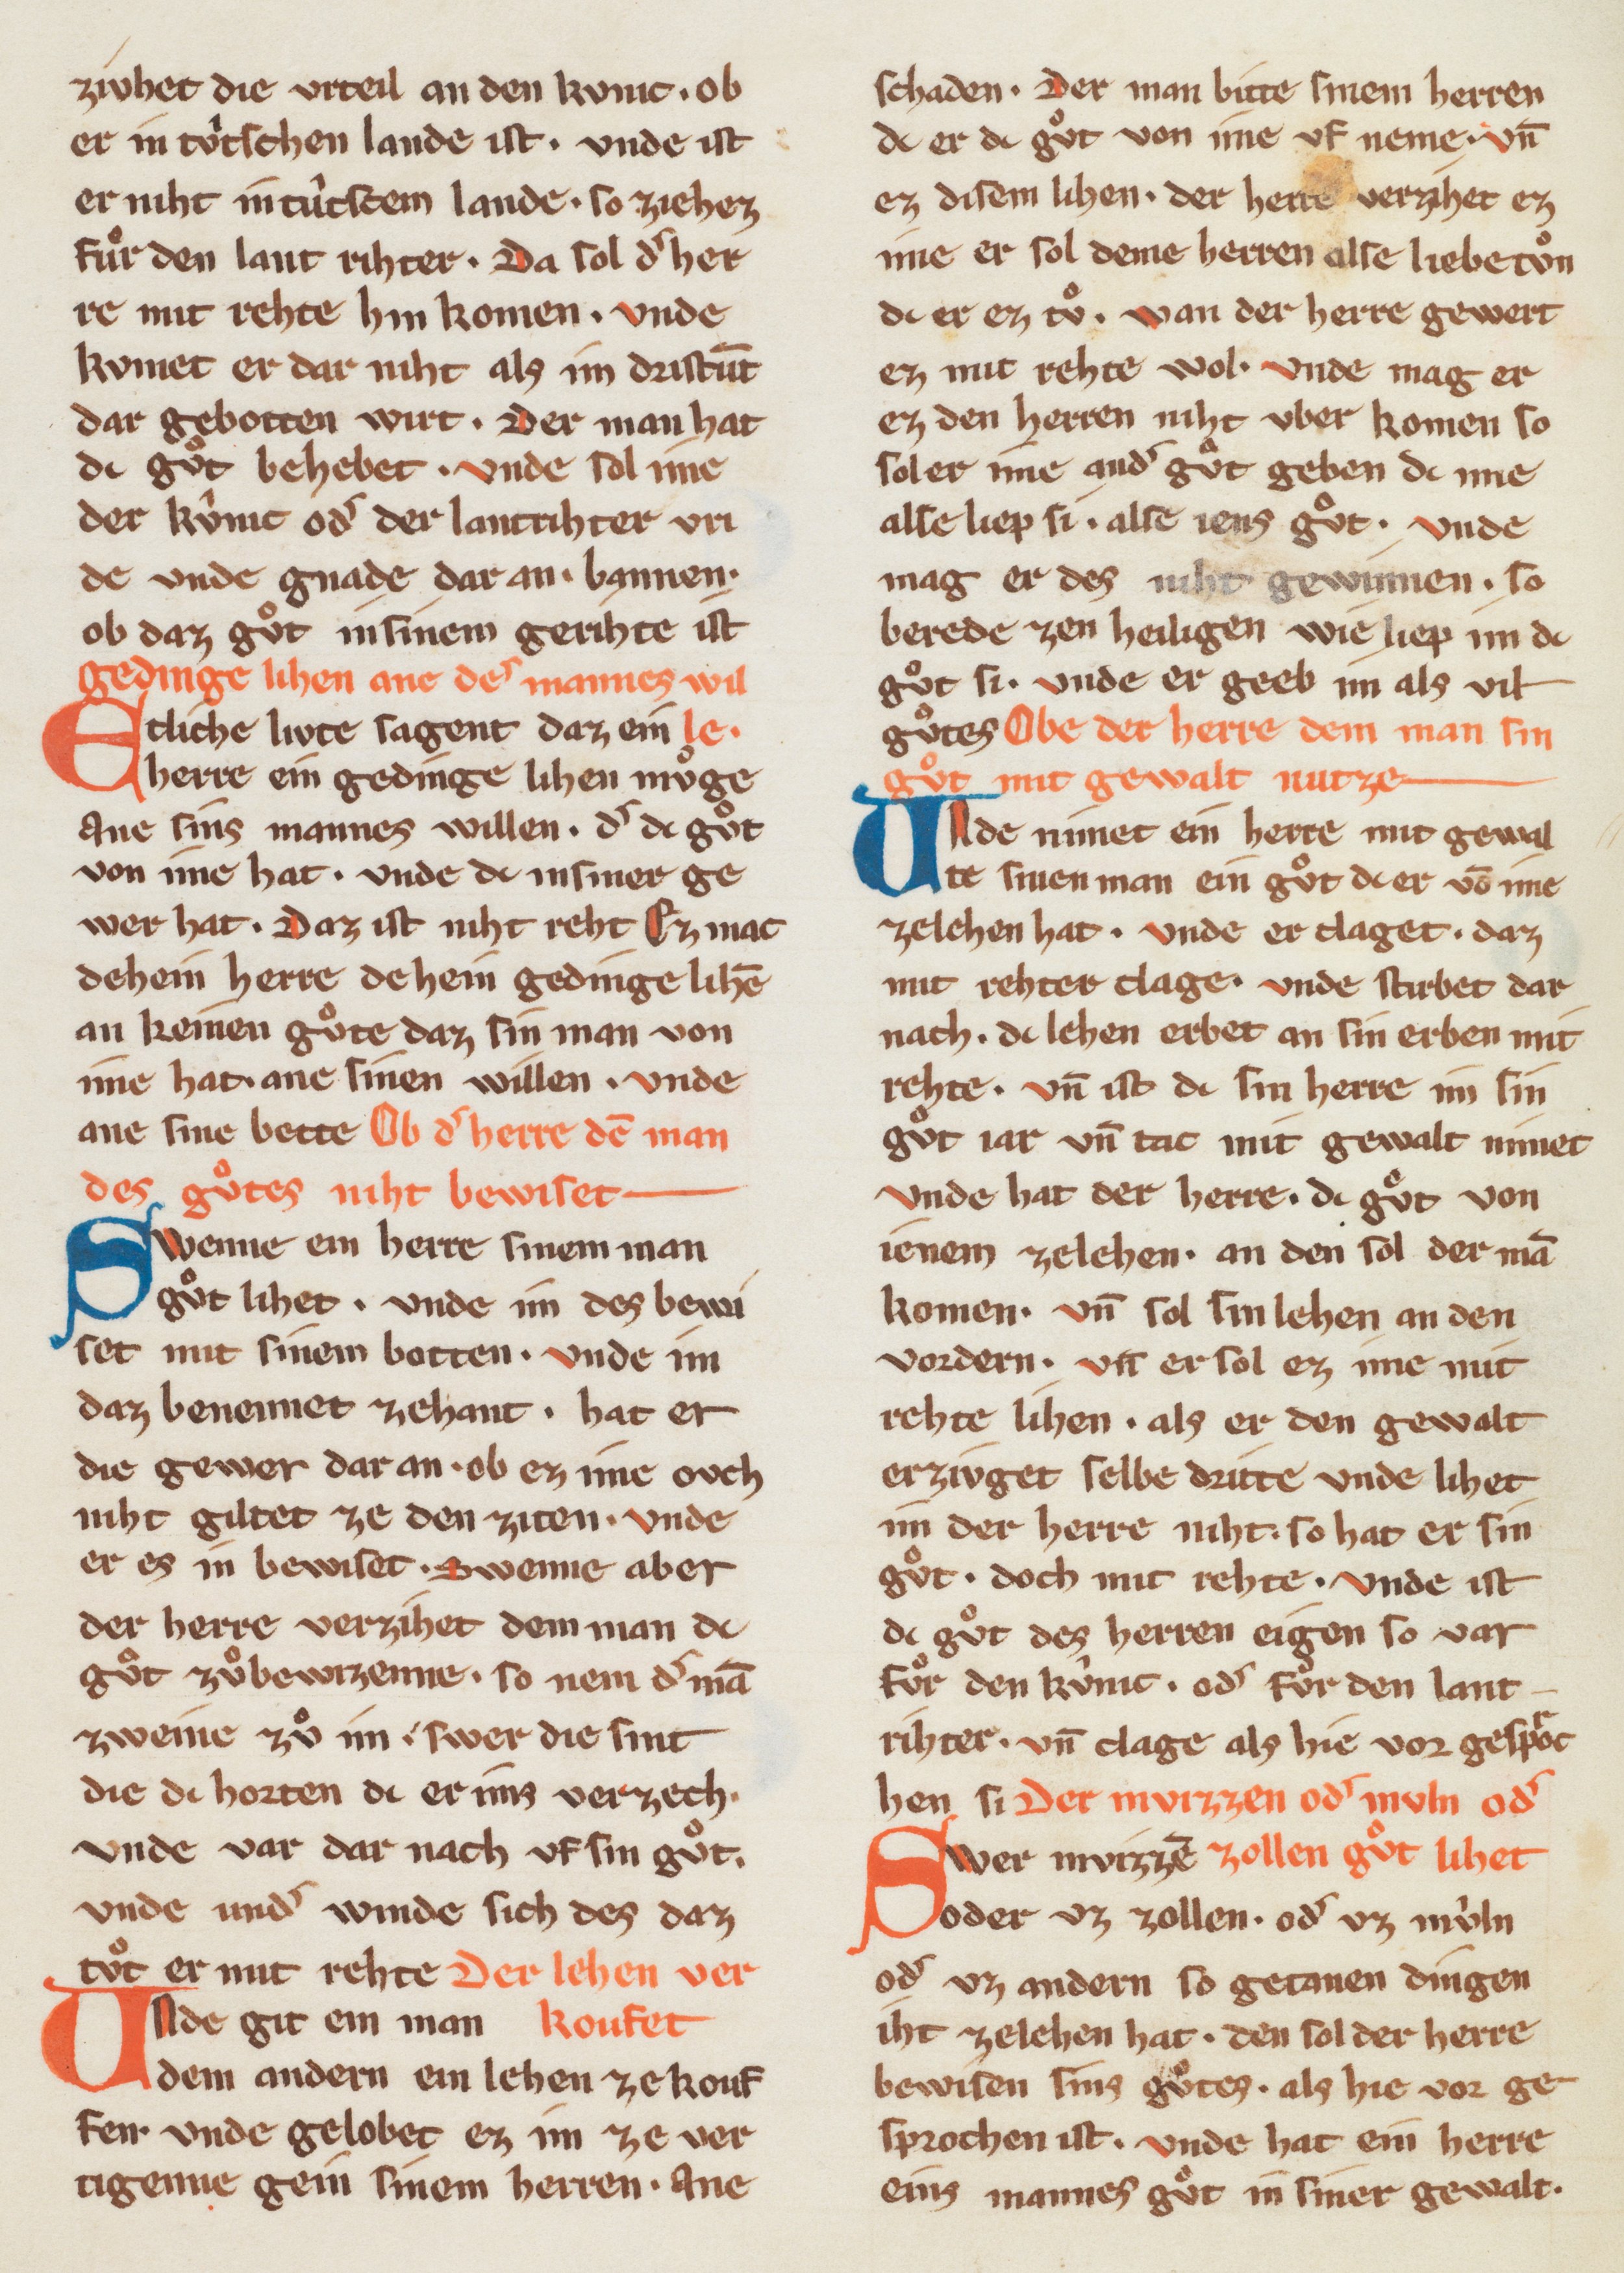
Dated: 1270–1330